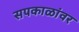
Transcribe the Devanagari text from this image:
सपकाळांवर